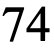
74